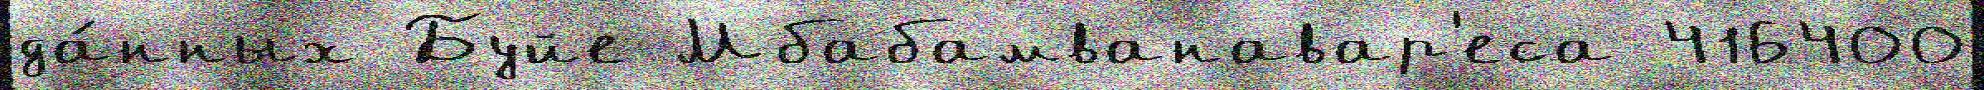
да́нных Буйе Мбабамванавар'еса 416400